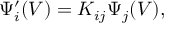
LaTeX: \Psi _ { i } ^ { \prime } ( V ) = K _ { i j } { \Psi } _ { j } ( V ) ,